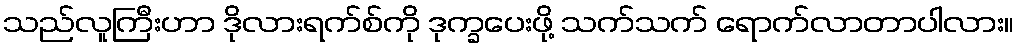
သည်လူကြီးဟာ ဒိုလားရက်စ်ကို ဒုက္ခပေးဖို့ သက်သက် ရောက်လာတာပါလား။